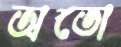
অতো